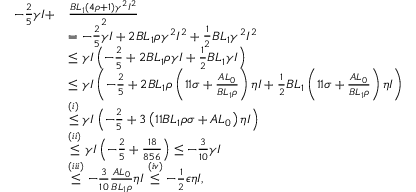
\begin{array} { r l } { - \frac { 2 } { 5 } \gamma I + } & { \frac { B L _ { 1 } ( 4 \rho + 1 ) \gamma ^ { 2 } I ^ { 2 } } { 2 } } \\ & { = - \frac { 2 } { 5 } \gamma I + 2 B L _ { 1 } \rho \gamma ^ { 2 } I ^ { 2 } + \frac { 1 } { 2 } B L _ { 1 } \gamma ^ { 2 } I ^ { 2 } } \\ & { \leq \gamma I \left( - \frac { 2 } { 5 } + 2 B L _ { 1 } \rho \gamma I + \frac { 1 } { 2 } B L _ { 1 } \gamma I \right) } \\ & { \leq \gamma I \left( - \frac { 2 } { 5 } + 2 B L _ { 1 } \rho \left( 1 1 \sigma + \frac { A L _ { 0 } } { B L _ { 1 } \rho } \right) \eta I + \frac { 1 } { 2 } B L _ { 1 } \left( 1 1 \sigma + \frac { A L _ { 0 } } { B L _ { 1 } \rho } \right) \eta I \right) } \\ & { \stackrel { ( i ) } { \leq } \gamma I \left( - \frac { 2 } { 5 } + 3 \left( 1 1 B L _ { 1 } \rho \sigma + A L _ { 0 } \right) \eta I \right) } \\ & { \stackrel { ( i i ) } { \leq } \gamma I \left( - \frac { 2 } { 5 } + \frac { 1 8 } { 8 5 6 } \right) \leq - \frac { 3 } { 1 0 } \gamma I } \\ & { \stackrel { ( i i i ) } { \leq } - \frac { 3 } { 1 0 } \frac { A L _ { 0 } } { B L _ { 1 } \rho } \eta I \stackrel { ( i v ) } { \leq } - \frac { 1 } { 2 } \epsilon \eta I , } \end{array}